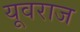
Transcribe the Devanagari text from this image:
यूवराज